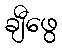
ချီဖွေ